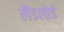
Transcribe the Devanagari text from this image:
लैंडलोर्ड